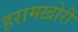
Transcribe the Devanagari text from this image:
हरामख़ोरी